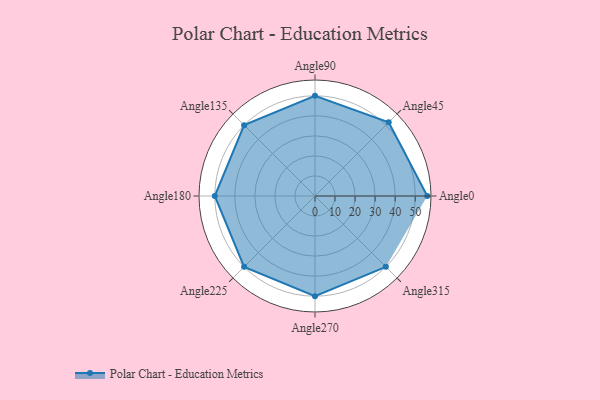
{"axis": {"x": "Angle", "y": "Radius"}, "legend": [""], "data": [{"x": "Angle0", "y": 56.0, "type": ""}, {"x": "Angle45", "y": 52.0, "type": ""}, {"x": "Angle90", "y": 50, "type": ""}, {"x": "Angle135", "y": 50, "type": ""}, {"x": "Angle180", "y": 50, "type": ""}, {"x": "Angle225", "y": 50, "type": ""}, {"x": "Angle270", "y": 50, "type": ""}, {"x": "Angle315", "y": 50, "type": ""}]}